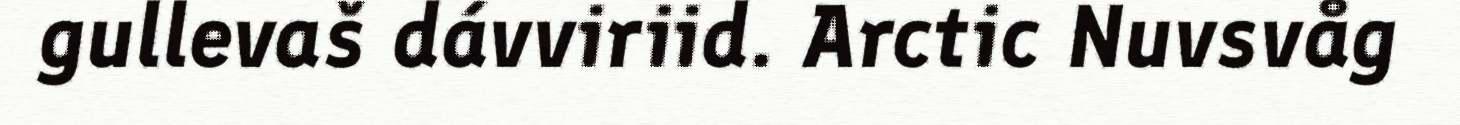
gullevaš dávviriid. Arctic Nuvsvåg